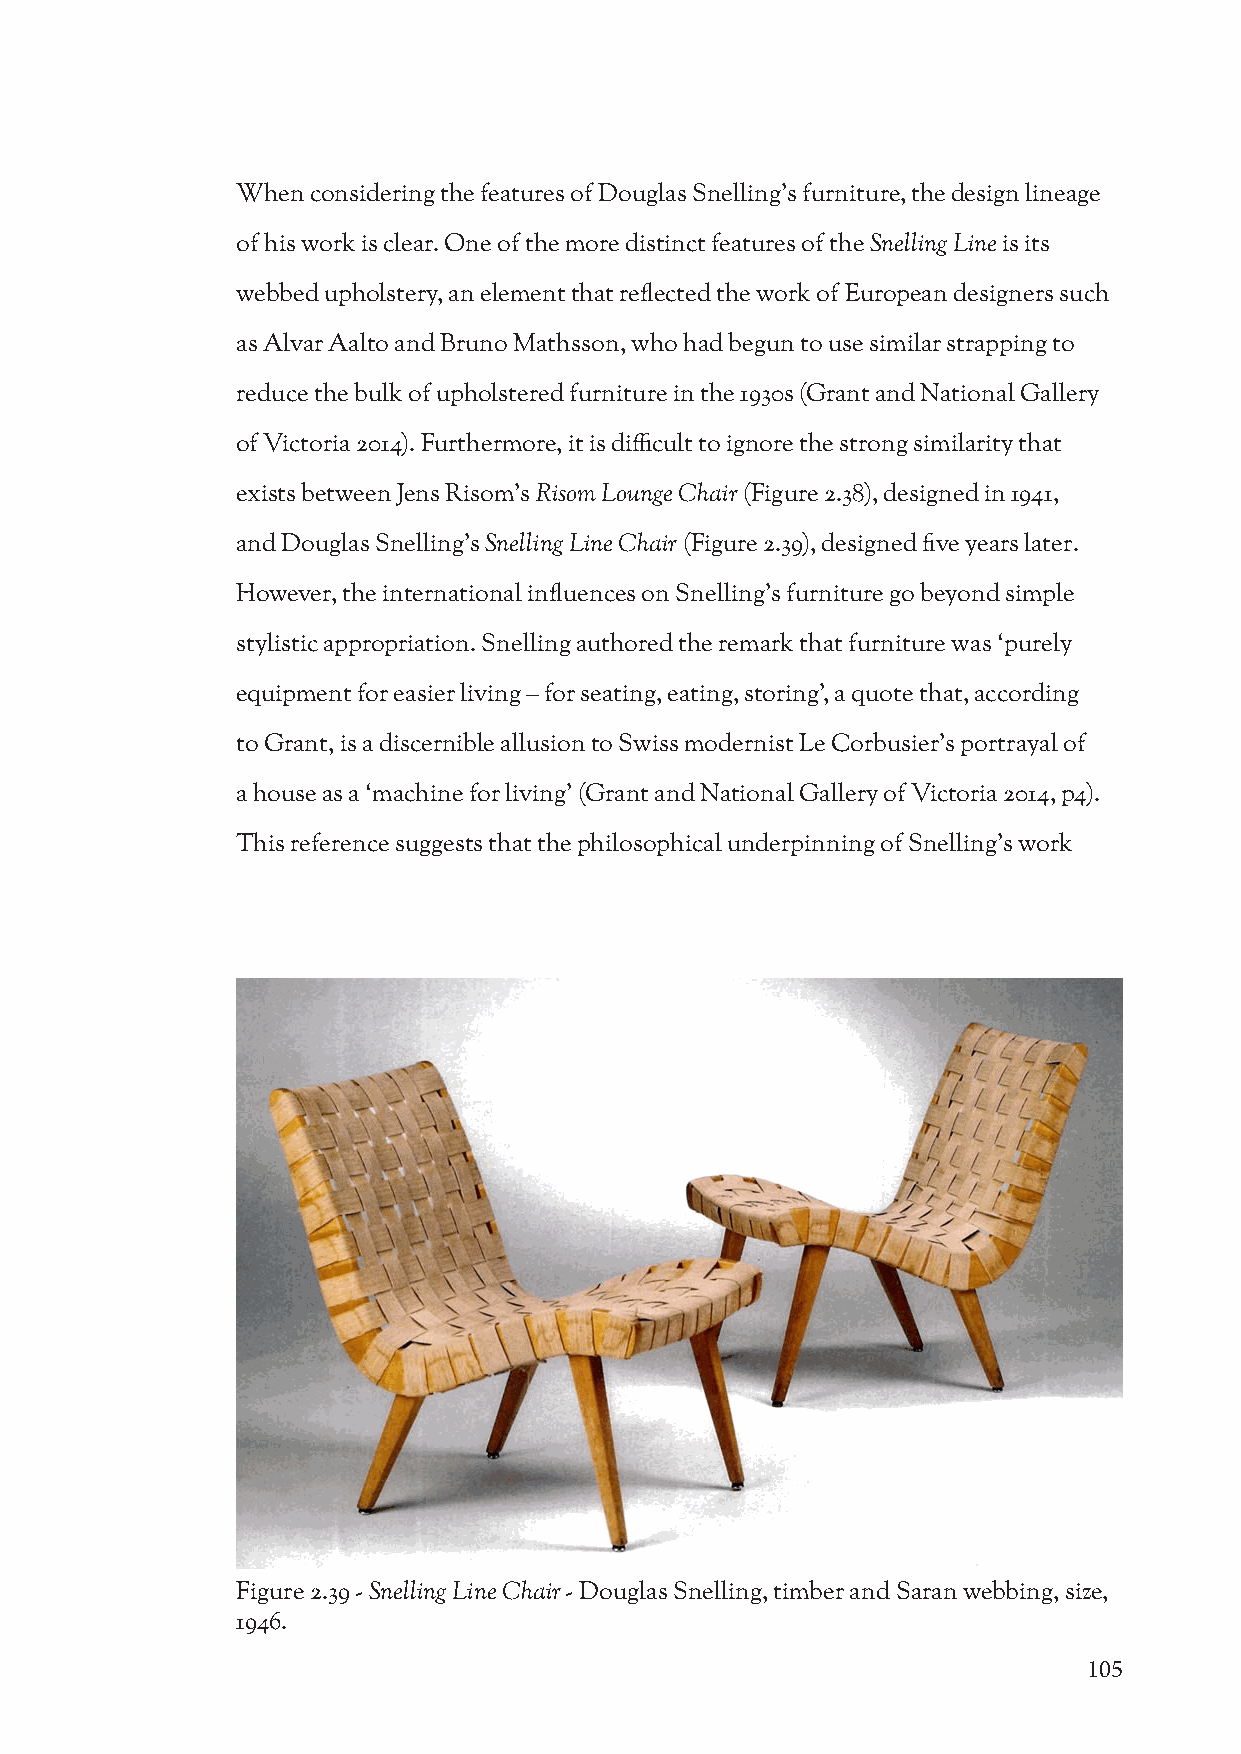
When considering the features of Douglas Snelling’s furniture, the design lineage
 of his work is clear. One of the more distinct features of the Snelling Line is its
 webbed upholstery, an element that reflected the work of European designers such
 as Alvar Aalto and Bruno Mathsson, who had begun to use similar strapping to
 reduce the bulk of upholstered furniture in the 1930s (Grant and National Gallery
 of Victoria 2014). Furthermore, it is difficult to ignore the strong similarity that
 exists between Jens Risom’s Risom Lounge Chair (Figure 2.38), designed in 1941,
 and Douglas Snelling’s Snelling Line Chair (Figure 2.39), designed five years later.
 However, the international influences on Snelling’s furniture go beyond simple
 stylistic appropriation. Snelling authored the remark that furniture was ‘purely
 equipment for easier living – for seating, eating, storing’, a quote that, according
 to Grant, is a discernible allusion to Swiss modernist Le Corbusier’s portrayal of
 a house as a ‘machine for living’ (Grant and National Gallery of Victoria 2014, p4).
 This reference suggests that the philosophical underpinning of Snelling’s work
 Figure 2.39 - Snelling Line Chair - Douglas Snelling, timber and Saran webbing, size,
 1946.
 105